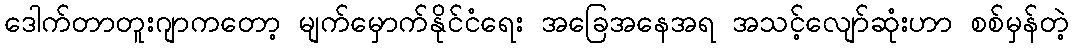
ဒေါက်တာတူးဂျာကတော့ မျက်မှောက်နိုင်ငံရေး အခြေအနေအရ အသင့်လျော်ဆုံးဟာ စစ်မှန်တဲ့